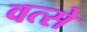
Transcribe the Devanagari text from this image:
वत्से